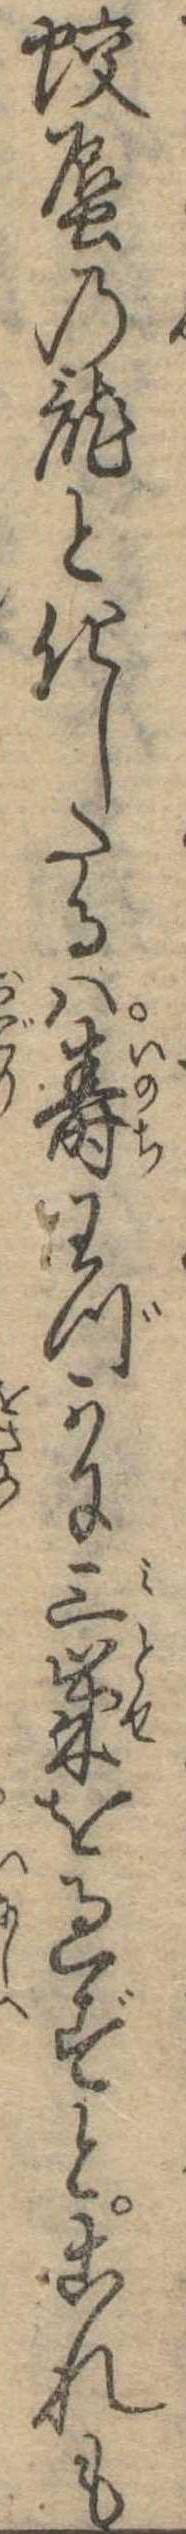
蛟蜃の竜と化したるは寿わづかに三歳を過ずとこれも